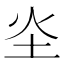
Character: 𪢾